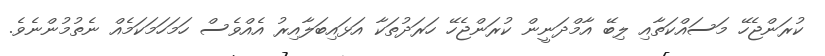
ކުރަންޖެހޭ މަސައްކަތާއި ލިބޭ އާމްދަނީން ކުރަންޖެހޭ ހަރަދުތަކާ އަޅައިބަލާއިރު އެއްވެސް ހަމަހަމަކަމެއް ނެތުމުންނެވެ.